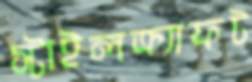
স্টাইলক্র্যাফট